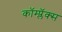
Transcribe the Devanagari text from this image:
कॉम्प्लॅक्स